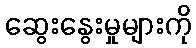
ဆွေးနွေးမှုများကို